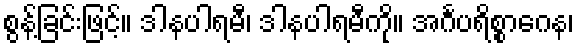
စွန့်ခြင်းဖြင့်။ ဒါနပါရမီ၊ ဒါနပါရမီကို။ အင်္ဂပရိစ္စာဂေန၊